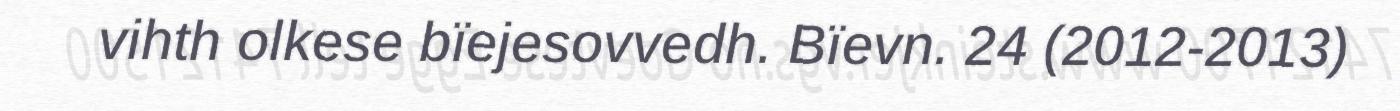
vihth olkese bïejesovvedh. Bïevn. 24 (2012-2013)